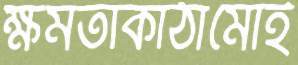
ক্ষমতাকাঠামোই